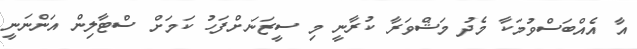
އާ އެއްބަސްވުމަކާ މެދު މަޝްވަރާ ކުރާނީ މި ސީޒަނަށްފަހު ކަމަށް ސްޓާލިން އަންނަނީ